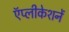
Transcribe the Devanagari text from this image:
ऍप्लीकेशनें